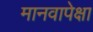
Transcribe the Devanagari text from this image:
मानवापेक्षा